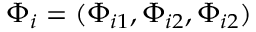
\Phi _ { i } = ( \Phi _ { i 1 } , \Phi _ { i 2 } , \Phi _ { i 2 } )